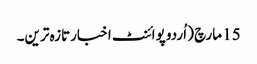
15 مارچ ( اُردو پوائنٹ اخبارتازہ ترین۔